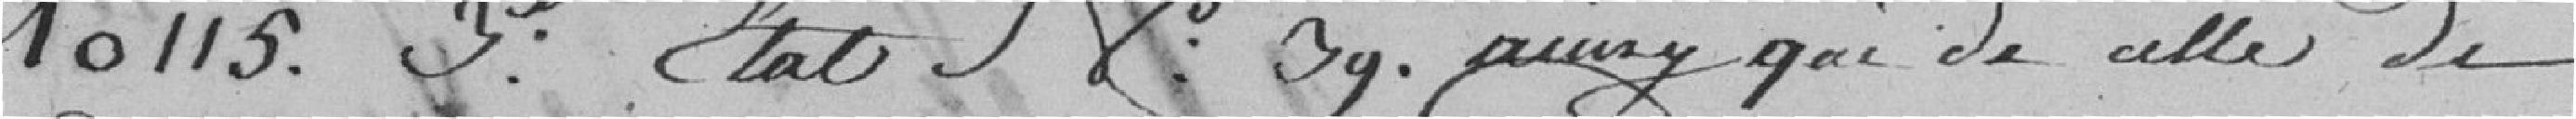
10115, 3e état N° 3y. ainsi que de celle de